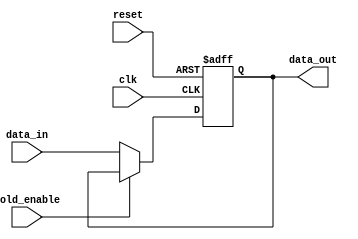
module hold_condition (
    input wire clk,              // Clock signal
    input wire reset,            // Asynchronous reset signal
    input wire hold_enable,      // Hold enable control signal
    input wire [DATA_WIDTH-1:0] data_in, // Data input signal
    output reg [DATA_WIDTH-1:0] data_out  // Output signal
);
    parameter DATA_WIDTH = 8; // Configure the width of the data

    always @(posedge clk or posedge reset) begin
        if (reset) begin
            data_out <= {DATA_WIDTH{1'b0}}; // Set output to zero (or default value)
        end
        else if (!hold_enable) begin
            data_out <= data_in; // Update output with data input
        end
        // else case: do nothing, maintain the current state of data_out
    end

endmodule